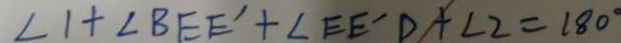
\angle 1 + \angle B E E ^ { \prime } + \angle E E ^ { \prime } D + \angle 2 = 1 8 0 ^ { \circ }